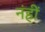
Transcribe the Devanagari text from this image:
नंहीं